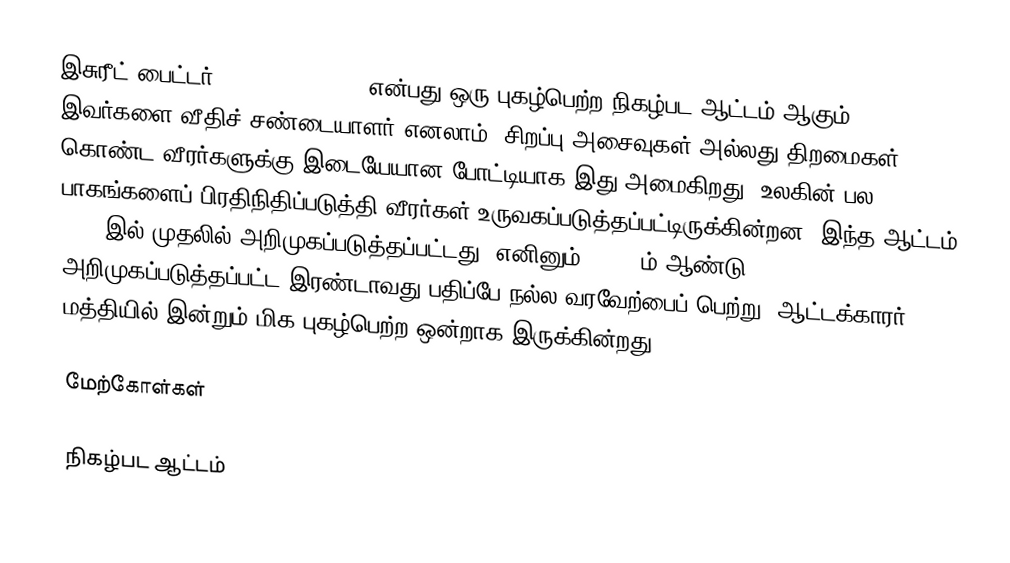
இசுரீட் பைட்டர் (Street Fighter) என்பது ஒரு புகழ்பெற்ற நிகழ்பட ஆட்டம் ஆகும். இவர்களை  வீதிச் சண்டையாளர் எனலாம். சிறப்பு அசைவுகள் அல்லது திறமைகள் கொண்ட வீரர்களுக்கு இடையேயான போட்டியாக இது அமைகிறது. உலகின் பல பாகங்களைப் பிரதிநிதிப்படுத்தி வீரர்கள் உருவகப்படுத்தப்பட்டிருக்கின்றன. இந்த ஆட்டம் 1987 இல் முதலில் அறிமுகப்படுத்தப்பட்டது. எனினும், 1991 ம் ஆண்டு அறிமுகப்படுத்தப்பட்ட இரண்டாவது பதிப்பே நல்ல வரவேற்பைப் பெற்று, ஆட்டக்காரர் மத்தியில் இன்றும் மிக புகழ்பெற்ற ஒன்றாக இருக்கின்றது.

மேற்கோள்கள்

நிகழ்பட ஆட்டம்